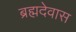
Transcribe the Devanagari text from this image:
ब्रह्मदेवास